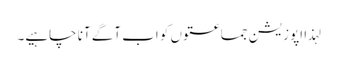
لہذا اپوزیشن جماعتوں کو اب آگے آنا چاہیے۔